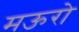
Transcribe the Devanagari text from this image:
मऊरो